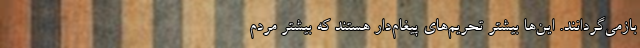
بازمی‌گردانند. این‌ها بیشتر تحریم‌های پیغام‌دار هستند که بیشتر مردم